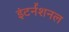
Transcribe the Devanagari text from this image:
इंटर्नॅशनल